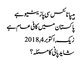
ہیپاٹائٹس سی پازیٹیو ہے
پاکستان میں کافی عام ہے
زیک, ‏اکتوبر 4, 2018
شاید پانی کا مسئلہ؟